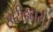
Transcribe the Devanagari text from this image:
खरीददारी।